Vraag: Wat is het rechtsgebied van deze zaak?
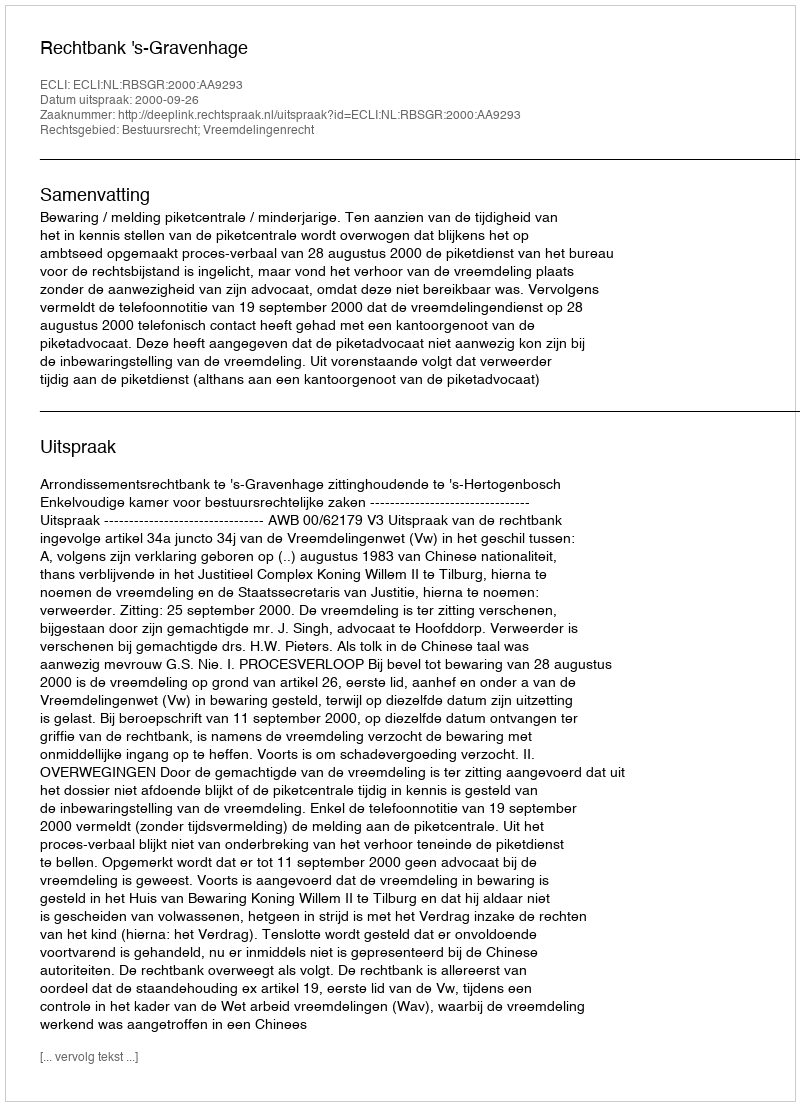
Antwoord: Bestuursrecht; Vreemdelingenrecht